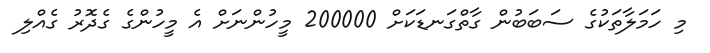
މި ހަމަލާތަކުގެ ސަބަބުން ގާތްގަނޑަކަށް 200000 މީހުންނަށް އެ މީހުންގެ ގެދޮރު ގެއްލި